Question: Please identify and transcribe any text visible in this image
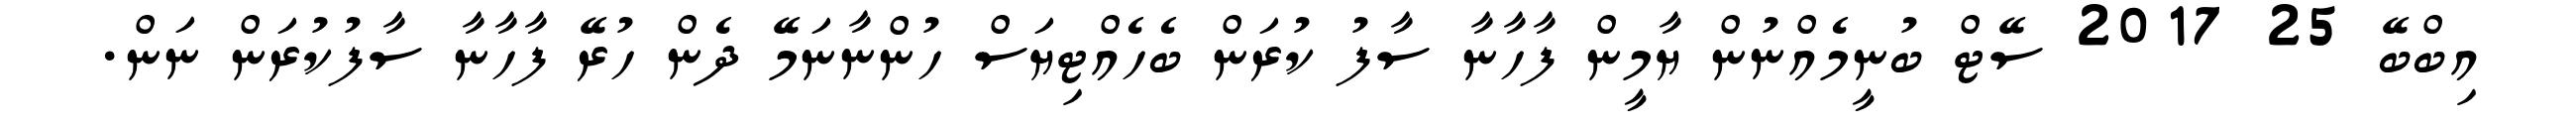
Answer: އިބްބޭ 25 2017 ސޭޓް ބުނީމެއްނުން ޔާމީން ފާހާނާ ސާފު ކުރަން ބެހެއްޓިޔަސް ހުންނާނަމޭ ދެން ހުރޭ ފާހާނާ ސާފުކުރަން ނަން.